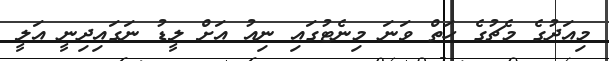
މިއަދުގެ މެޗުގެ ހަތް ވަނަ މިނެޓުގައި ނިއު އަށް ލީޑު ނަގައިދިނީ އަލީ